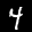
Label: 4